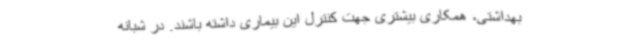
بهداشتی، همکاری بیشتری جهت کنترل این بیماری داشته باشند. در شبانه